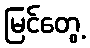
မြင်တွေ့